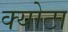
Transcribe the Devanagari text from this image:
क्योटा